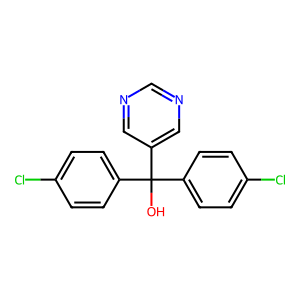
SMILES: OC(c1ccc(Cl)cc1)(c1ccc(Cl)cc1)c1cncnc1
Inhibits HIV replication: No